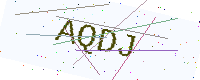
Text: AQDJ